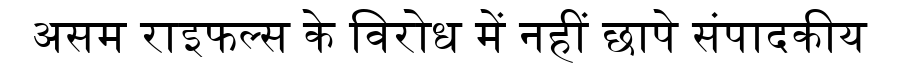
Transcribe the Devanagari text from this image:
असम राइफल्स के विरोध में नहीं छापे संपादकीय